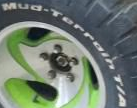
Mud-Torroin T/A